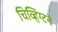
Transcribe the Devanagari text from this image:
चिव्हिंग्टने